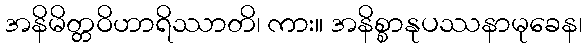
အနိမိတ္တဝိဟာရိဿာတိ၊ ကား။ အနိစ္စာနုပဿနာမုခေန၊